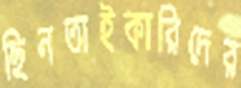
ছিনতাইকারিদের